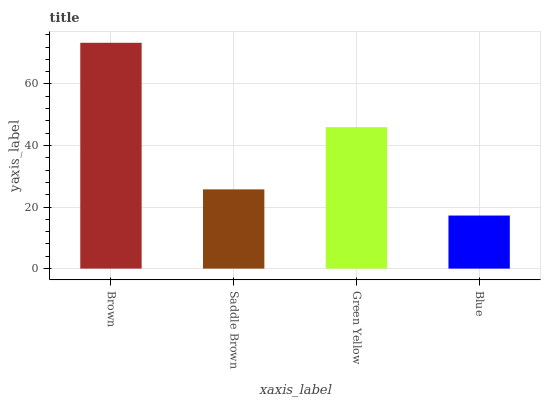
| xaxis_label | bars |
 | --- | --- |
 | Brown | 73.4 |
 | Saddle Brown | 25.8 |
 | Green Yellow | 46 |
 | Blue | 17.2 |